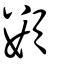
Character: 䫫